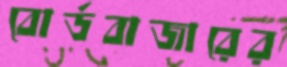
বোর্ডবাজারের